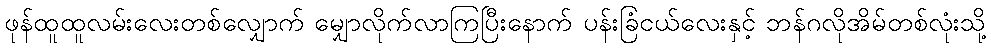
ဖုန်ထူထူလမ်းလေးတစ်လျှောက် မျှောလိုက်လာကြပြီးနောက် ပန်းခြံငယ်လေးနှင့် ဘန်ဂလိုအိမ်တစ်လုံးသို့